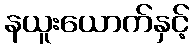
နယူးယောက်နှင့်